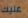
عليك